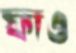
ফাও